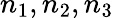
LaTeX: n_{1},n_{2},n_{3}